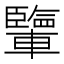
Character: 𨏊